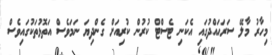
މިހާރު މާލޭ ސަރަޙައްދުގައި އެކަނި ޓެސްޓް ކުރުން ކުރިއަށް ގެންދިޔަ ނަމަވެސް އަތޮޅުތަކުގައިވެސް